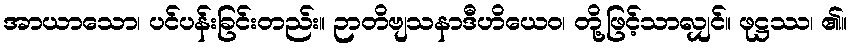
အာယာသော၊ ပင်ပန်းခြင်းတည်း။ ဉာတိဗျသနာဒီဟိယေဝ၊ တို့ဖြင့်သာလျှင်။ ဖုဋ္ဌဿ၊ ၏။